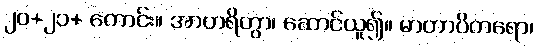
၂၀+၂၁+ ကောင်း။ အာဟရိတွာ၊ ဆောင်ယူ၍။ မာတာပိတရော၊